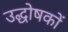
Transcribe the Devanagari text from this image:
उद्धोषकों